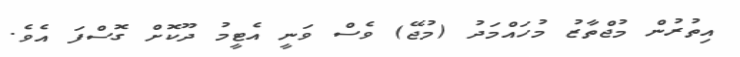
އިތުރުން މުޖްތާޒު މުހައްމަދު (މުޖޭ) ވެސް ވަނީ އެޓީމު ދޫކޮށް ގޮސްފަ އެވެ.